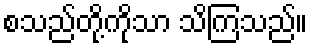
စသည်တို့ကိုသာ သိကြသည်။